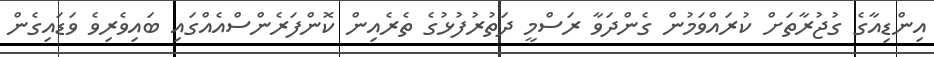
އިންޑިއާގެ ގުޖުރާތަށް ކުރައްވަމުން ގެންދަވާ ރަސްމީ ދަތުރުފުޅުގެ ތެރެއިން ކޮންފަރެންސްއެއްގައި ބައިވެރިވެ ވަޑައިގެން